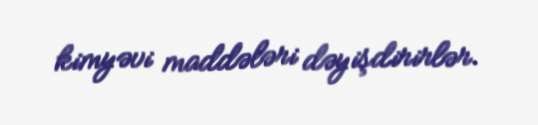
kimyəvi maddələri dəyişdirirlər.